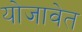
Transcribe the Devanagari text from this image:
योजावेत